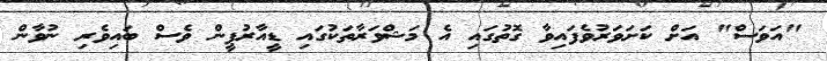
"އަވަސް" އަށް ކަށަވަރުވެފައިވާ ގޮތުގައި އެ މަޝްވަރާތަކުގައި ޑީއާރުޕީން ވެސް ބައިވެރި ނުވާން